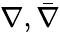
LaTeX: \nabla,{\bar{\nabla}}